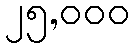
၂၅,၀၀၀